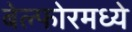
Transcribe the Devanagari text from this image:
बेल्फोरमध्ये